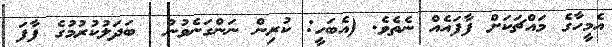
އެމީހާގެ މައްޗަކަށް ފާފައެއް ނެތެވެ. (އެބަހީ: ކުރިން ނަންގަނެވުނު  ބަދަލުކުރުމުގެ ފާފަ